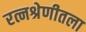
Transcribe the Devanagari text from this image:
रत्नश्रेणीतला